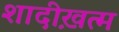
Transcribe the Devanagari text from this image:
शादीख़त्म